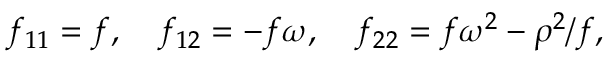
f _ { 1 1 } = f , \quad f _ { 1 2 } = - f \omega , \quad f _ { 2 2 } = f \omega ^ { 2 } - \rho ^ { 2 } / f ,